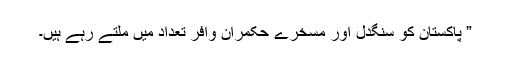
” پاکستان کو سنگدل اور مسخرے حکمران وافر تعداد میں ملتے رہے ہیں۔